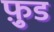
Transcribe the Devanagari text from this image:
फ़ु़ड